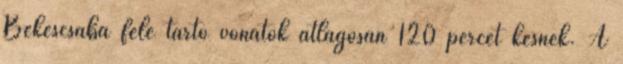
Békéscsaba felé tartó vonatok átlagosan 120 percet késnek. A